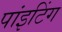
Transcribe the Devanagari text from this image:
पांइटिंग